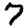
Digit: 7